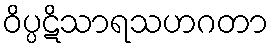
ဝိပ္ပဋိသာရသဟဂတာ